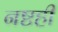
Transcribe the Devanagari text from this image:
नष्टही